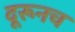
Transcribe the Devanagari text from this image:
दूरूनच